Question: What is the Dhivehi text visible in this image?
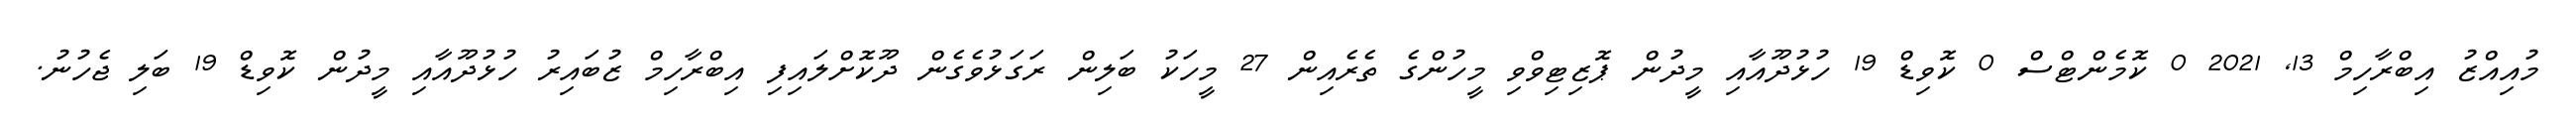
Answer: މުއިއްޒު އިބްރާހިމް 13, 2021 0 ކޮމެންޓްސް 0 ކޮވިޑް 19 ހުޅުދޫއާއި މީދުން ޕޮޒިޓިވްވި މީހުންގެ ތެރެއިން 27 މީހަކު ބަލިން ރަގަޅުވެގެން ދޫކޮށްލައިފި އިބްރާހިމް ޒުބައިރު ހުޅުދޫއާއި މީދުން ކޮވިޑް 19 ބަލި ޖެހުނު.